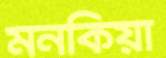
মনকিয়া